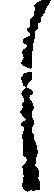
し